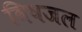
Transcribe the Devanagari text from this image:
विषजल